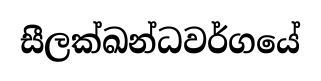
සීලක්ඛන්ධවර්ගයේ